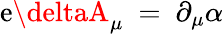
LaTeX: \mathrm{e}\deltaA_{\mu}~=~\partial_{\mu}\alpha